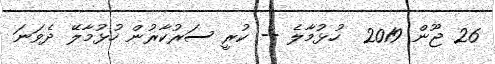
26 ޖޫން 2019  ހުޅުމާލެ -- ކުރީ ސަރުކާރުން ހުޅުމާލޭ ދެވަނަ